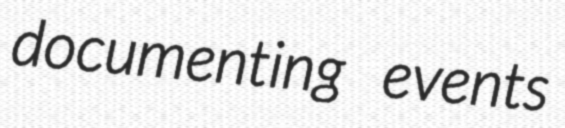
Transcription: documenting events